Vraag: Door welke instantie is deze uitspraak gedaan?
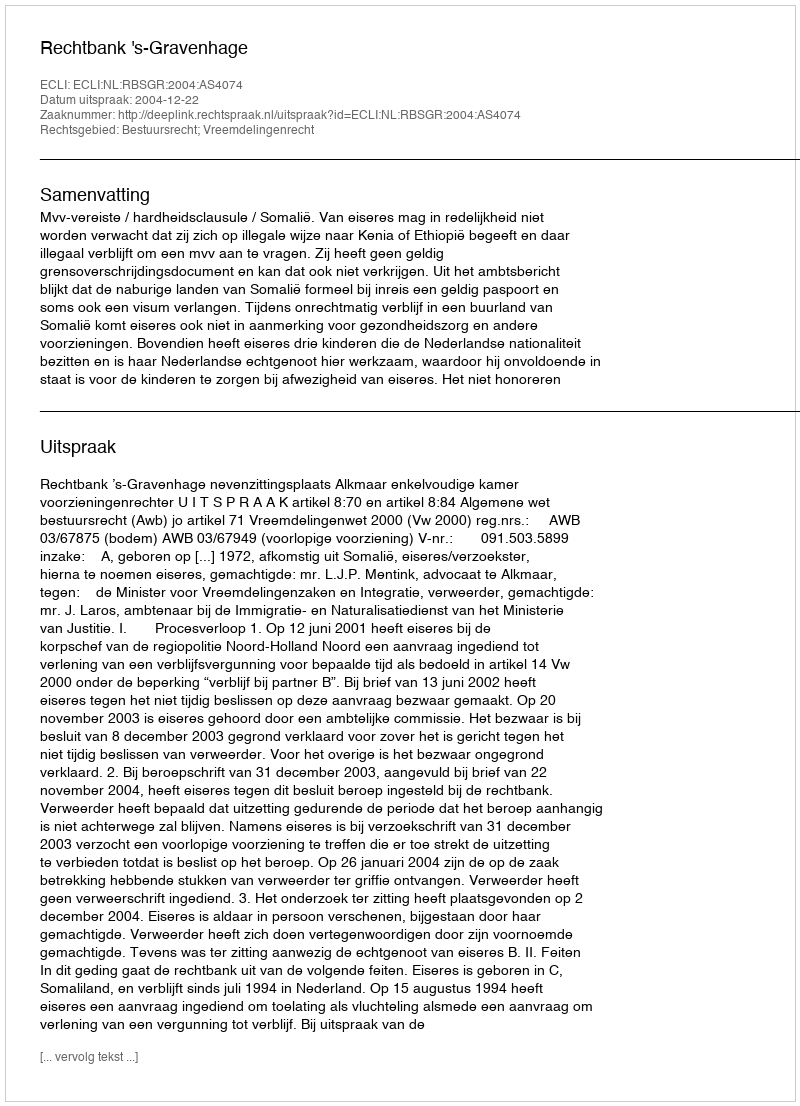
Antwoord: Rechtbank 's-Gravenhage